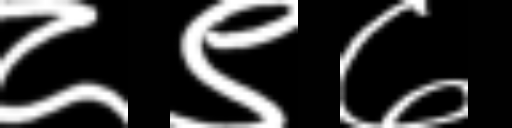
Text: ८९७